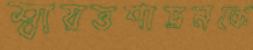
স্বায়ত্তশাসনকে